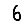
Digit: 6